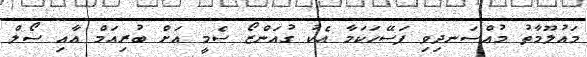
މައުލޫމާތު މުއްސަނދިވި ފަސޭހަކަމާ އެކު ގުއަންޒޯ ސެމީ އަށް ބުރިއަމް އާއި ސޯލް